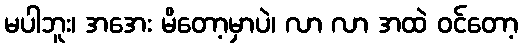
မပါဘူး၊ အအေး မိတော့မှာပဲ၊ လာ လာ အထဲ ဝင်တော့